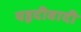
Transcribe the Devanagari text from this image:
यहूदीवादी